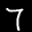
Label: 7